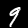
Digit: 9